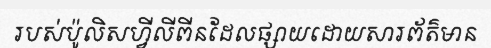
របស់ប៉ូលិសហ្វីលីពីនដែលផ្សាយដោយសារព័ត៌មាន